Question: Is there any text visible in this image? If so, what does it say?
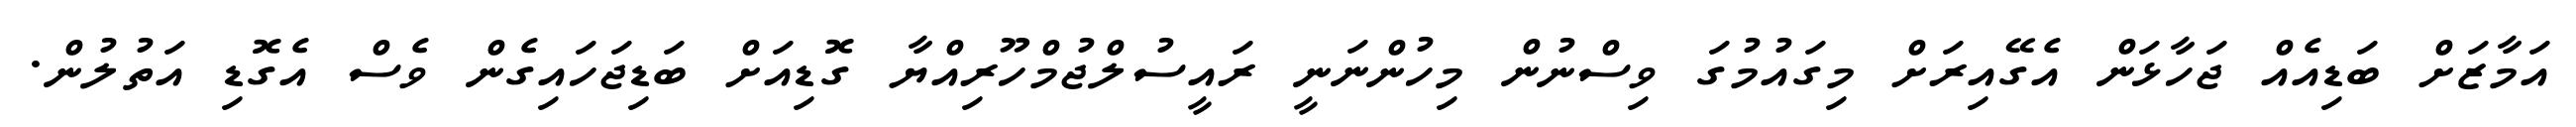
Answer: އަމާޒަށް ބަޑިއެއް ޖަހާޅަން އެގޭއިރަށް މިގައުމުގަ ވިސްނުން މިހުންނަނީ ރައީސުލްޖުމްހޫރިއްޔާ ގޮޑިއަށް ބަޑިޖަހައިގެން ވެސް އެގޮޑި އަތުލުން.